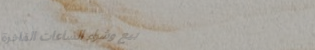
بيع وشراء الساعات الفاخرة